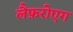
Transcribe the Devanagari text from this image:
लैफ़रोएग